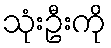
သုံးဦးကို